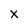
Character: x